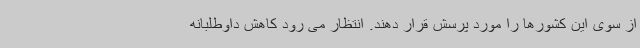
از سوی این کشورها را مورد پرسش قرار دهند. انتظار می رود کاهش داوطلبانه